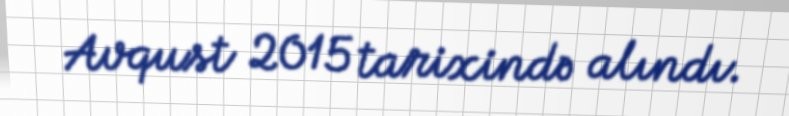
Avqust 2015 tarixində alındı.